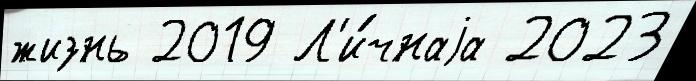
жизнь 2019 Л'и́чнаjа 2023